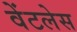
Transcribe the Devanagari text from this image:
वेंटलेस